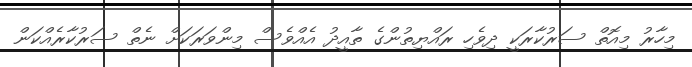
މިހާރު މިއޮތް ސަރުކާރަކީ ދިވެހި ރައްޔިތުންގެ ތާއީދު އެއްވެސް މިންވަރަކަށް ނެތް ސަރުކާރެއްކަން